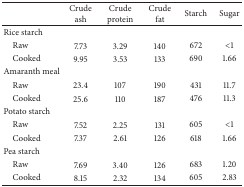
<table><thead><tr><td><b> </b></td><td><b>Crude ash</b></td><td><b>Crude protein</b></td><td><b>Crude fat</b></td><td><b>Starch</b></td><td><b>Sugar</b></td></tr></thead><tbody><tr><td>Rice starch</td><td> </td><td> </td><td> </td><td> </td><td> </td></tr><tr><td> Raw</td><td>7.73</td><td>3.29</td><td>140</td><td>672</td><td>&lt;1</td></tr><tr><td> Cooked</td><td>9.95</td><td>3.53</td><td>133</td><td>690</td><td>1.66</td></tr><tr><td>Amaranth meal</td><td> </td><td> </td><td> </td><td> </td><td> </td></tr><tr><td> Raw</td><td>23.4</td><td>107</td><td>190</td><td>431</td><td>11.7</td></tr><tr><td> Cooked</td><td>25.6</td><td>110</td><td>187</td><td>476</td><td>11.3</td></tr><tr><td>Potato starch</td><td> </td><td> </td><td> </td><td> </td><td> </td></tr><tr><td> Raw</td><td>7.52</td><td>2.25</td><td>131</td><td>605</td><td>&lt;1</td></tr><tr><td> Cooked</td><td>7.37</td><td>2.61</td><td>126</td><td>618</td><td>1.66</td></tr><tr><td>Pea starch</td><td> </td><td> </td><td> </td><td> </td><td> </td></tr><tr><td> Raw</td><td>7.69</td><td>3.40</td><td>126</td><td>683</td><td>1.20</td></tr><tr><td> Cooked</td><td>8.15</td><td>2.32</td><td>134</td><td>605</td><td>2.83</td></tr></tbody></table>